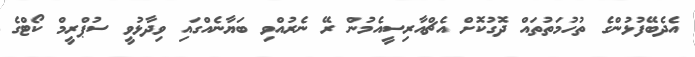
އެދެބޭފުޅުންގެ ތުހުމަތުތައް ދޮގުކޮށް އެޗްއާރިސީއެމުން ރޭ ނެރުއްވި ބަޔާނެއްގައި ވިދާޅުވީ ސުޕްރީމް ކޯޓްގެ